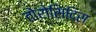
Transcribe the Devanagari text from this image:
तोरोसिदिस